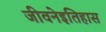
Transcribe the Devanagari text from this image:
जीवनेइतिहास